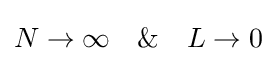
N\rightarrow \infty \quad \&\quad L\rightarrow 0